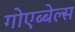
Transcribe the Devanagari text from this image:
गोएब्बेल्स